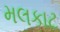
મલકાટ